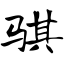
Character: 骐